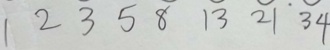
1 2 3 5 8 1 3 2 1 3 4